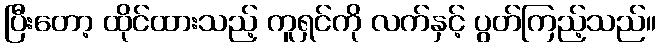
ပြီးတော့ ထိုင်ထားသည့် ကူရှင်ကို လက်နှင့် ပွတ်ကြည့်သည်။